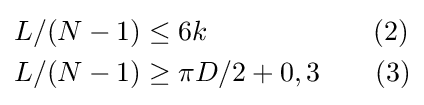
{\begin{aligned}&L/(N-1)\leq 6k\quad \quad \quad \quad \quad \quad (2)\\&L/(N-1)\geq \pi D/2+0,3\quad \quad (3)\end{aligned}}